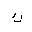
Letter: _kaf